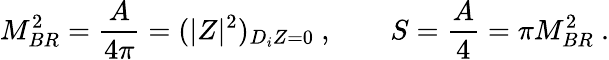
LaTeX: M_{BR}^{2}={\frac{A}{4\pi}}=(|Z|^{2})_{D_{i}Z=0}\ ,\qquad S={\frac{A}{4}}=\pi M_{BR}^{2}\ .